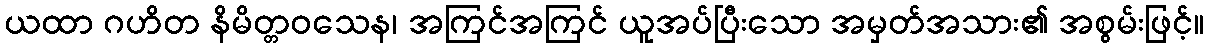
ယထာ ဂဟိတ နိမိတ္တဝသေန၊ အကြင်အကြင် ယူအပ်ပြီးသော အမှတ်အသား၏ အစွမ်းဖြင့်။